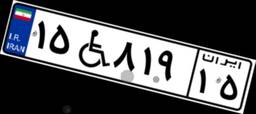
۱۵W۸۱۹۱۵